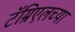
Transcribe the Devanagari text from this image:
टॅम्रिएलच्या